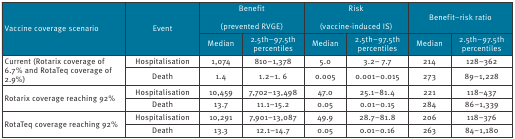
<table><thead><tr><td rowspan="2"><b>Vaccine coverage scenario</b></td><td rowspan="2"><b>Event</b></td><td colspan="2"><b>Benefit(prevented RVGE)</b></td><td colspan="2"><b>Risk(vaccine-induced IS)</b></td><td colspan="2"><b>Benefit–risk ratio</b></td></tr><tr><td><b>Median</b></td><td><b>2.5th–97.5th percentiles</b></td><td><b>Median</b></td><td><b>2.5th–97.5th percentiles</b></td><td><b>Median</b></td><td><b>2.5th–97.5th percentiles</b></td></tr></thead><tbody><tr><td rowspan="2">Current (Rotarix coverage of 6.7% and RotaTeq coverage of 2.9%)</td><td>Hospitalisation</td><td>1,074</td><td>810–1,378</td><td>5.0</td><td>3.2– 7.7</td><td>214</td><td>128–362</td></tr><tr><td>Death</td><td>1.4</td><td>1.2–1. 6</td><td>0.005</td><td>0.001–0.015</td><td>273</td><td>89–1,228</td></tr><tr><td rowspan="2">Rotarix coverage reaching 92%</td><td>Hospitalisation</td><td>10,459</td><td>7,702–13,498</td><td>47.0</td><td>25.1–81.4</td><td>221</td><td>118–437</td></tr><tr><td>Death</td><td>13.7</td><td>11.1–15.2</td><td>0.05</td><td>0.01–0.15</td><td>284</td><td>86–1,339</td></tr><tr><td rowspan="2">RotaTeq coverage reaching 92%</td><td>Hospitalisation</td><td>10,291</td><td>7,901–13,087</td><td>49.9</td><td>28.7–81.8</td><td>206</td><td>118–376</td></tr><tr><td>Death</td><td>13.3</td><td>12.1–14.7</td><td>0.05</td><td>0.01–0.16</td><td>263</td><td>84–1,180</td></tr></tbody></table>